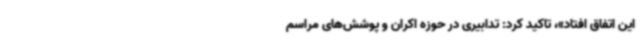
این اتفاق افتاد»، تاکید کرد: تدابیری در حوزه اکران و پوشش‌های مراسم